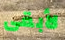
لأبقى